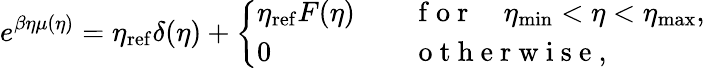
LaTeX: e^{\beta\eta\mu(\eta)}=\eta_{\mathrm{ref}}\delta(\eta)+\left\{ \begin{array}{ll}{\eta_{\mathrm{ref}}F(\eta)}&{\quad\mathrm{~f~o~r~}\quad\eta_{\mathrm{min}}<\eta<\eta_{\mathrm{max}},}\\ {0}&{\quad\mathrm{~o~t~h~e~r~w~i~s~e~},}\end{array}\right.